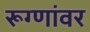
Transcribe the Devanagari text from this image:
रूग्णांवर